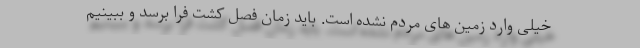
خیلی وارد زمین های مردم نشده است. باید زمان فصل کشت فرا برسد و ببینیم